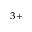
^ { 3 + }